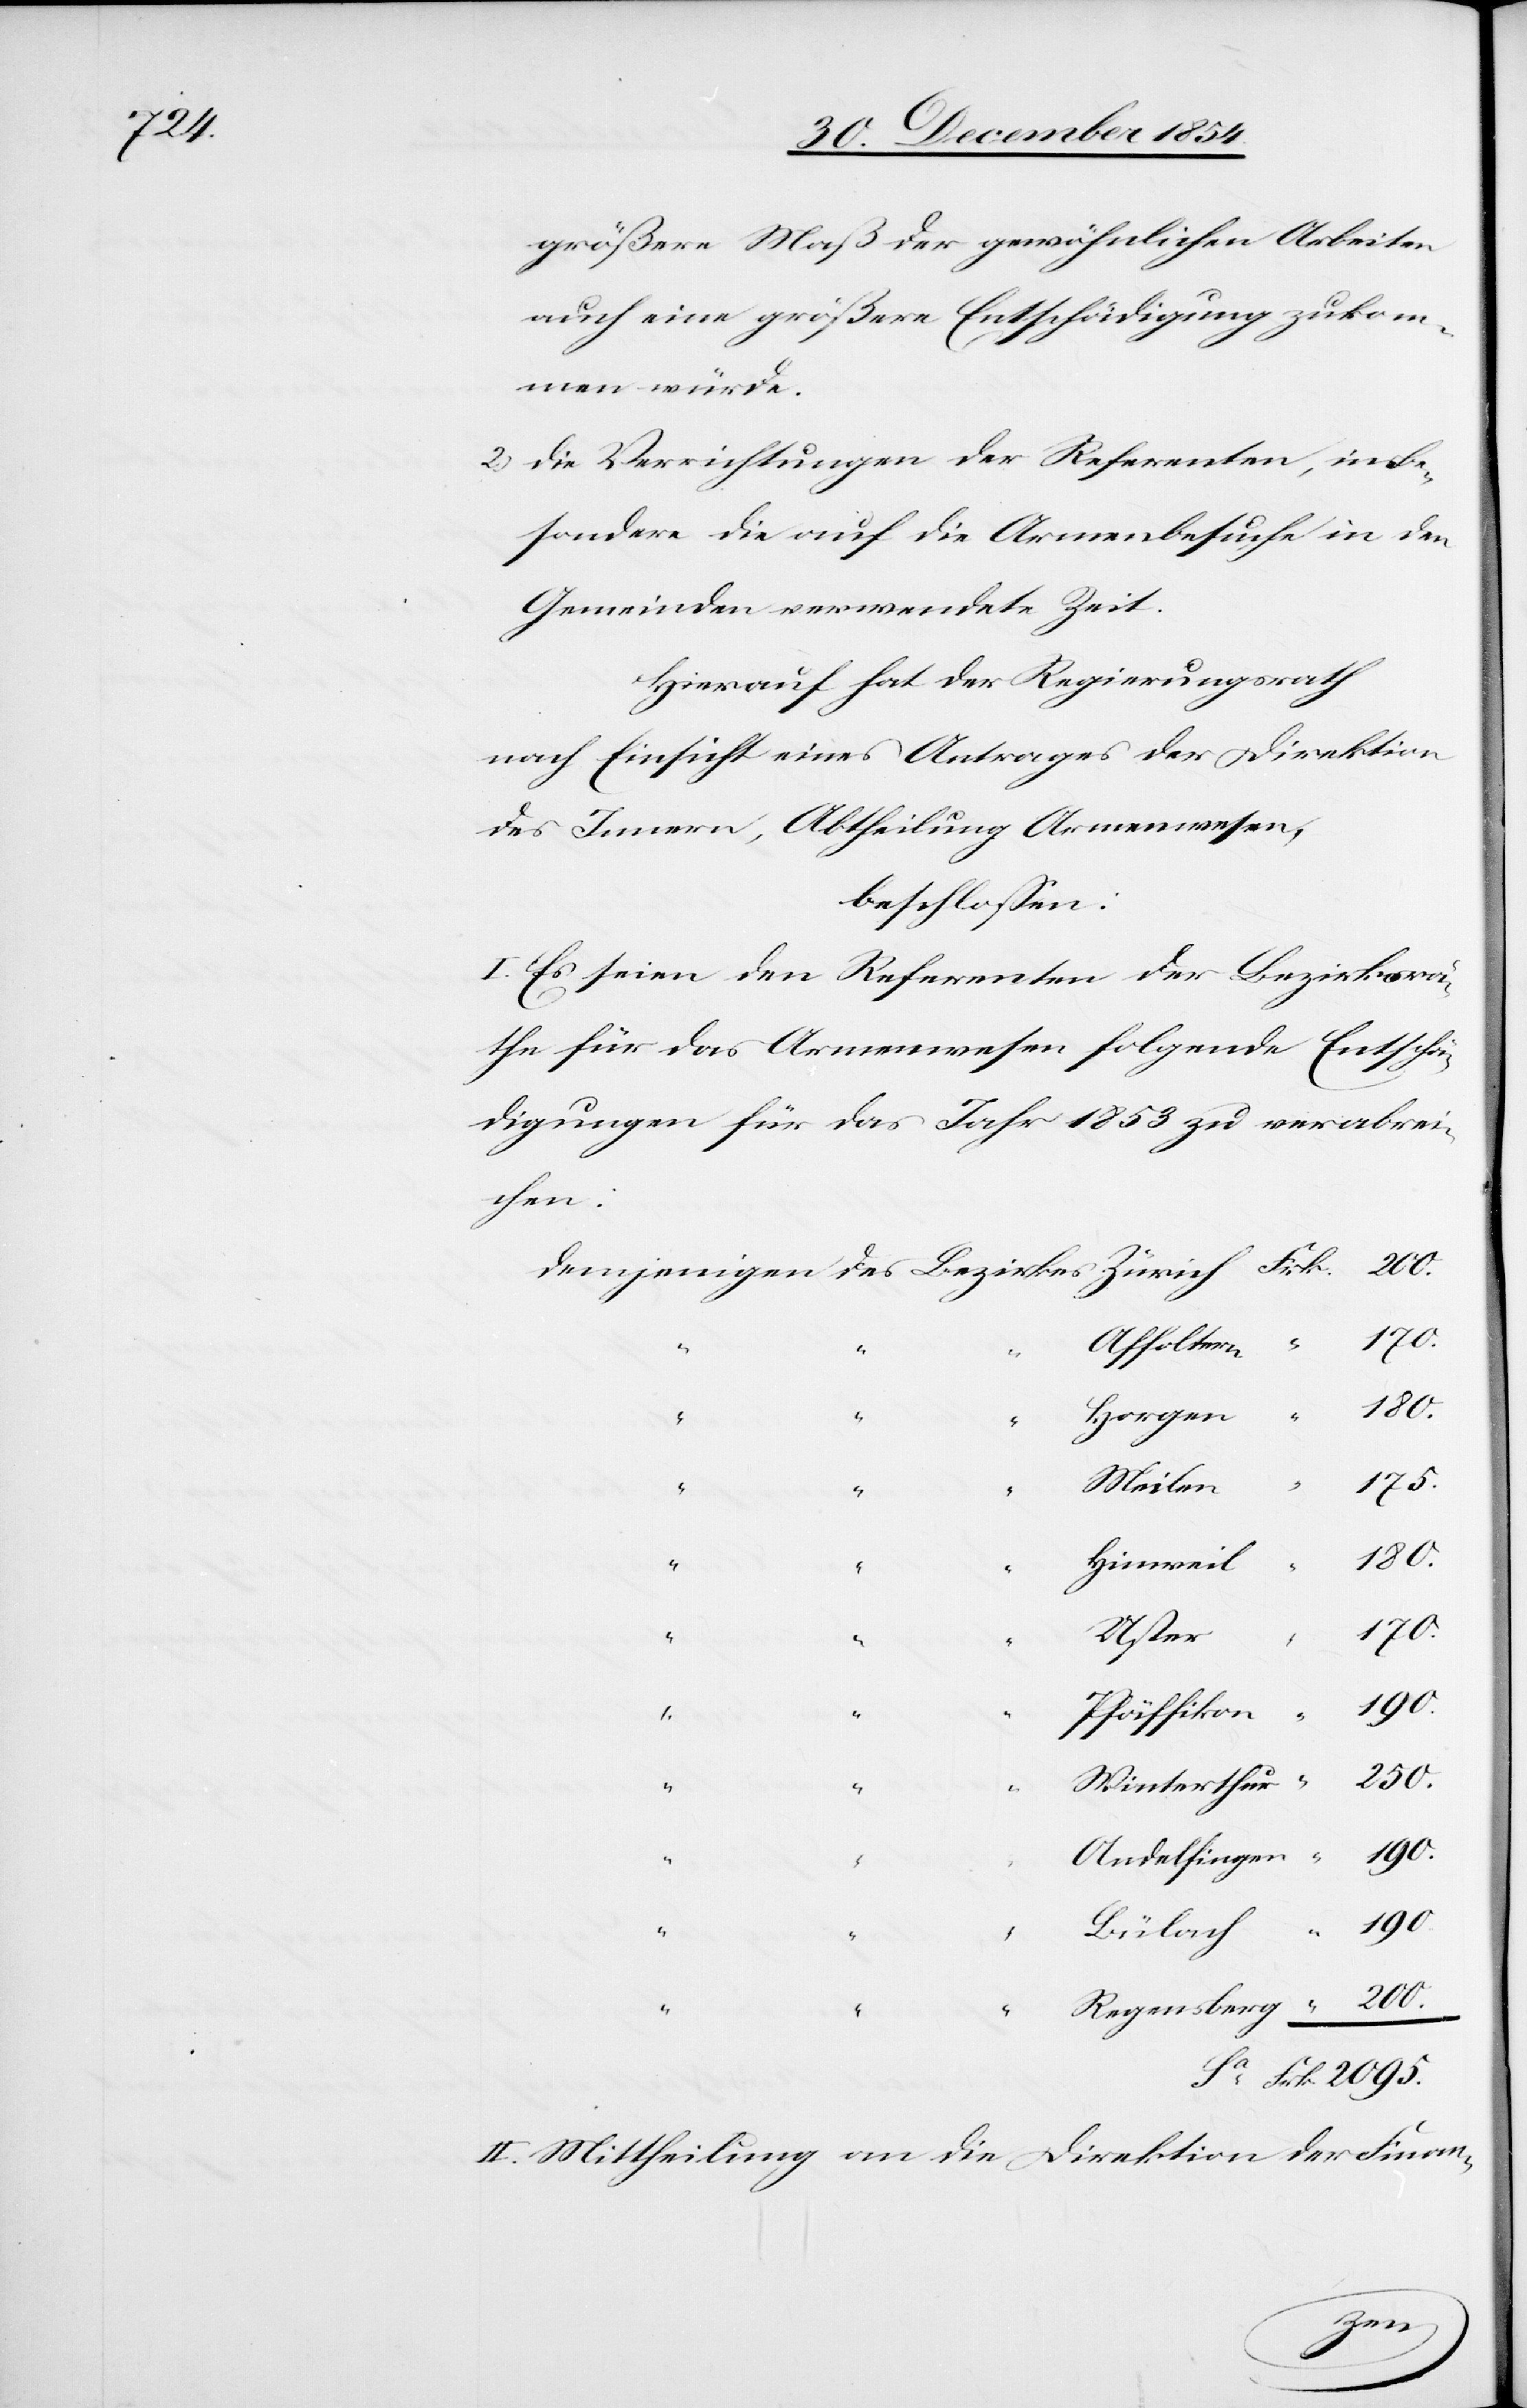
2095.

größere Maß der gewöhnlichen Arbeiten
auch eine größere Entschädigung zukom¬
men würde.
2.) die Verrichtungen der Referenten, insbe¬
sondere die auf die Armenbesuche in den
Gemeinden verwendete Zeit.
Hierauf hat der Regierungsrath
nach Einsicht eines Antrages der Direktion
des Innern, Abtheilung Armenwesen,
beschloßen:
I. Es seien den Referenten der Bezirksrä¬
the für das Armenwesen folgende Entschä¬
digungen für das Jahr 1853 zu verabrei¬
chen:
Horgen
175.
Meilen
180.
Hinweil
“
170.
sberg
“
200.
Pfäffikon
des
250.
Winterthur
Andelfingen
Frk.
II. Mittheilung an die Direktion der Finan-
igen